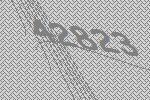
42823